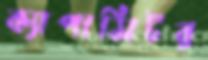
ক্যাপাসিটর